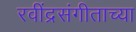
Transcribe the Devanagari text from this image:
रवींद्रसंगीताच्या